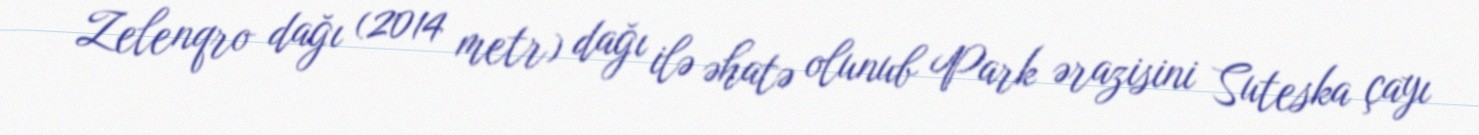
Zelenqro dağı (2014 metr) dağı ilə əhatə olunub Park ərazisini Suteska çayı